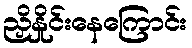
ညှိနှိုင်းနေကြောင်း